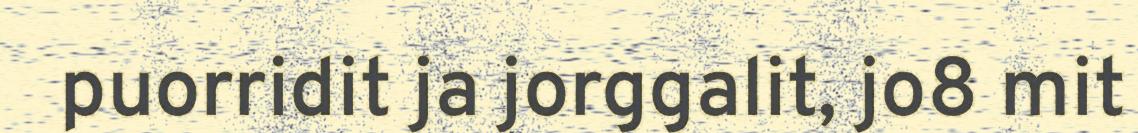
puorridit ja jorggalit, jo8 mit